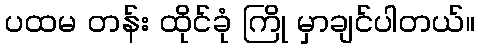
ပထမ တန်း ထိုင်ခုံ ကြို မှာချင်ပါတယ်။